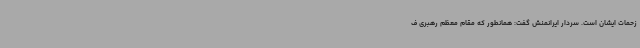
زحمات ایشان است. سردار ایرانمنش گفت: همانطور که مقام معظم رهبری ف